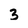
Character: 3